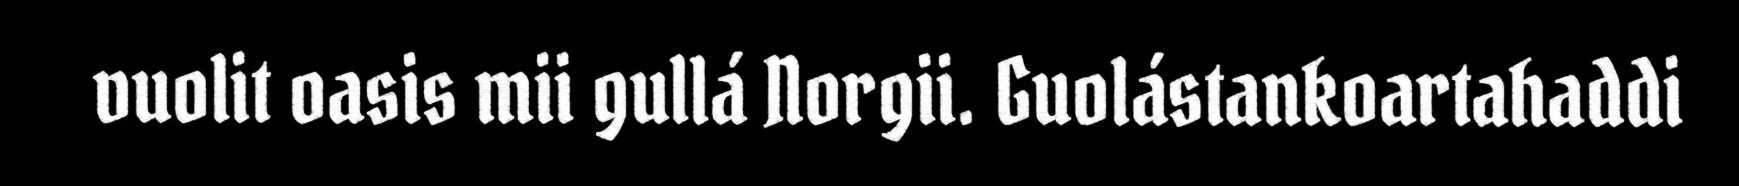
vuolit oasis mii gullá Norgii. Guolástankoartahaddi